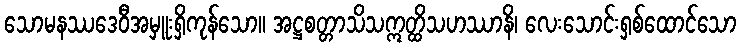
သောမနဿဒေဝီအမှူးရှိကုန်သော။ အဋ္ဌစတ္တာသိသဣတ္ထိသဟဿာနိ၊ လေးသောင်းရှစ်ထောင်သော